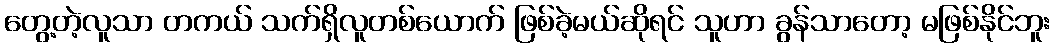
တွေ့တဲ့လူသာ တကယ် သက်ရှိလူတစ်ယောက် ဖြစ်ခဲ့မယ်ဆိုရင် သူဟာ ခွန်သာတော့ မဖြစ်နိုင်ဘူး